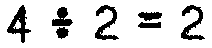
4 ÷ 2 = 2